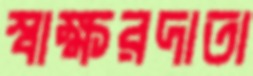
স্বাক্ষরদাতা